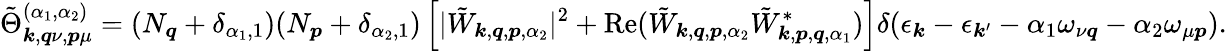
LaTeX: \tilde{\Theta}_{\boldsymbol{k},\boldsymbol{q}\nu,\boldsymbol{p}\mu}^{(\alpha_{1},\alpha_{2})}=(N_{\boldsymbol{q}}+\delta_{\alpha_{1},1})(N_{\boldsymbol{p}}+\delta_{\alpha_{2},1})\left[|\tilde{W}_{\boldsymbol{k},\boldsymbol{q},\boldsymbol{p},\alpha_{2}}|^{2}+\mathrm{Re}(\tilde{W}_{\boldsymbol{k},\boldsymbol{q},\boldsymbol{p},\alpha_{2}}\tilde{W}_{\boldsymbol{k},\boldsymbol{p},\boldsymbol{q},\alpha_{1}}^{*})\right]\delta(\epsilon_{\boldsymbol{k}}-\epsilon_{\boldsymbol{k}^{\prime}}-\alpha_{1}\omega_{\nu\boldsymbol{q}}-\alpha_{2}\omega_{\mu\boldsymbol{p}}).